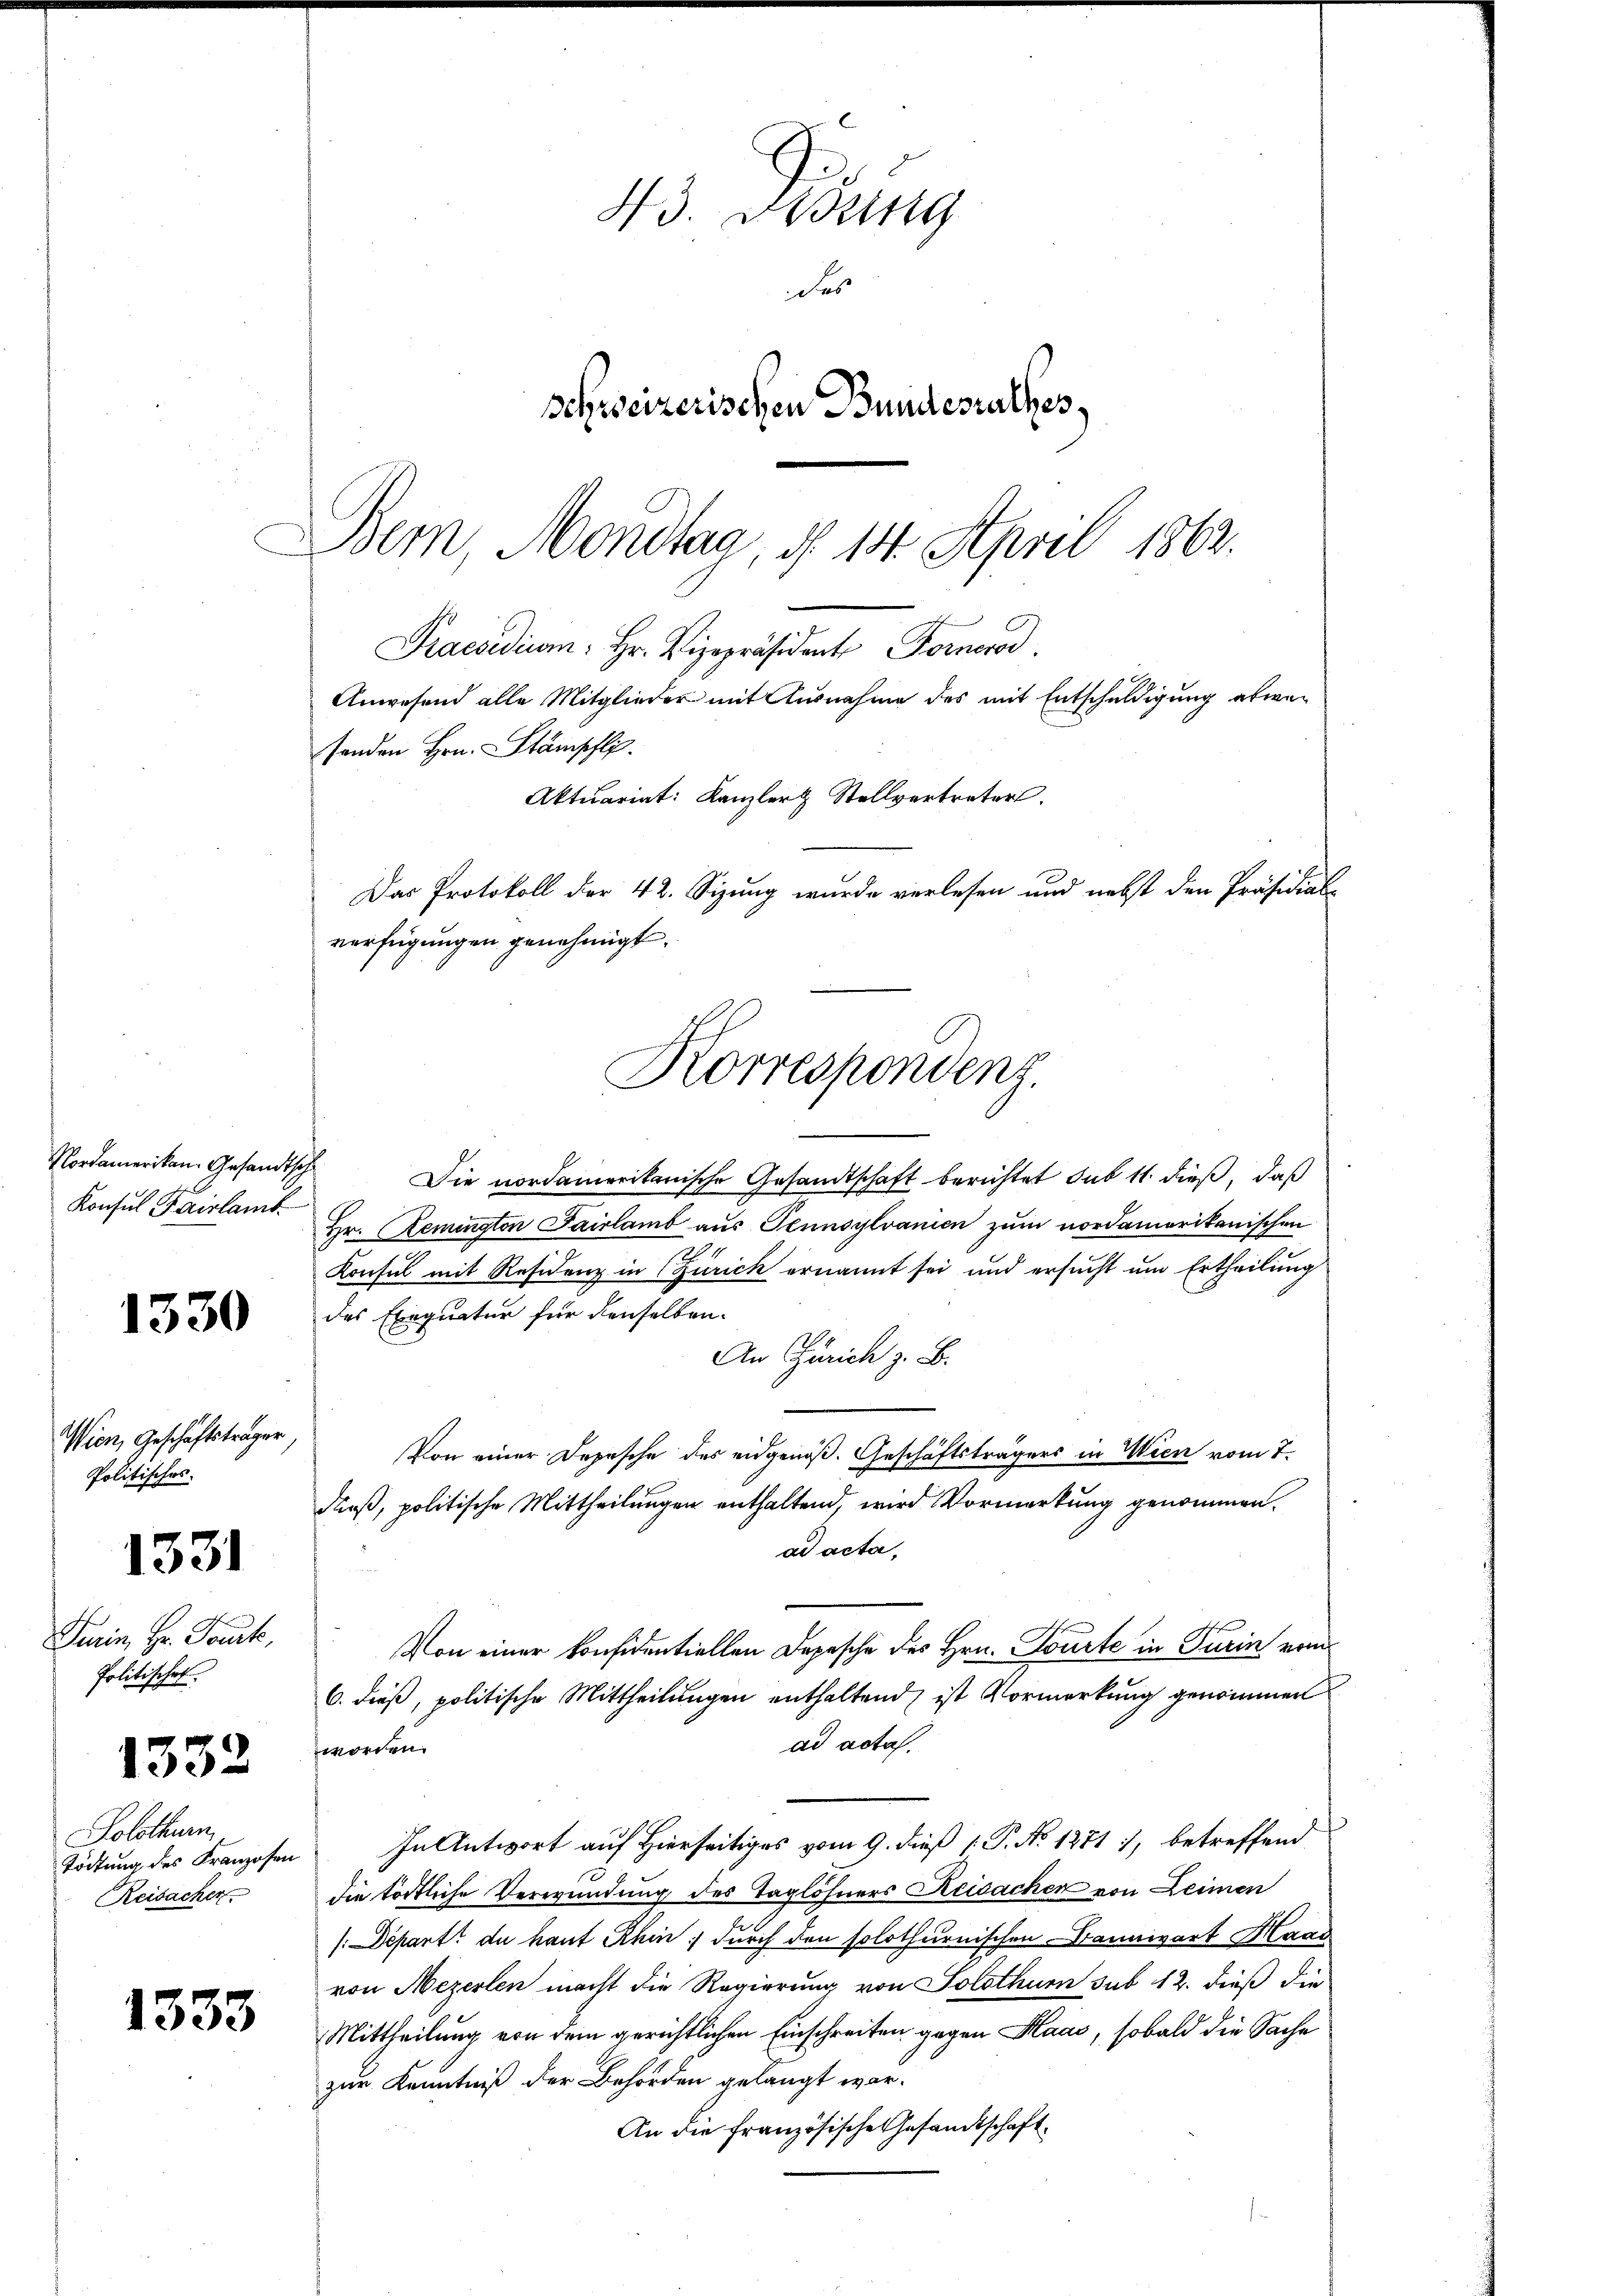
Nordamerikan. Gesandtsc
Konsul Karlamb

1330

Wien, Geschäftsträger
Politisches.

331

Darin, Hr. Toute,
Politischet

1332

Solothurn,
Tödtung des Franzosen
Reisacher

1333

43. Beding
Fas
schweizerischen Bundesrathes,
Dem Mondtaa, d. 14. April 1862.

Anwesend alle Mitglieder mit Ausnahme des mit Entschuldigung abwei
senden Hrn. Stämschli
Aktuariat: Kanzler Stellvertreter.
Das Protokoll der 42. Sizung wurde verlesen und nebst den Präsidial-
verfügungen genehmigt.
Korrespondenz.

Praesidium: Hr. Vizepräsident Fornorod

—
i
Die nordamerikanische Gesandtschaft berichtet sub 11 dieß, daß
Hr. Remington Pairlamb aus Pennsylvanien zum nordamerikanischen
Konsul mit Residenz in Zürich ernannt sei und ersucht um Ertheilung
des Exequatur für denselben
An Zürich z. B.
Von einer Depesche des eidgenoß. Geschäftsträgers in Wien vom 7.
dieß, politische Mittheilungen enthaltend, wird Vormerkung genommen.
ad acta,
Von einer konfidentiellen Depesche des Hrn. Tourte in Turin vom
6. dieß, politische Mittheilungen enthaltend, ist Vormerkung genommen
ad acta.
fworden.
In Antwort auf Hierseitiges vom 9. dieß P. No 1271), betreffend
die tödtliche Verwendung des Taglöhners Reisachen von Leimen
/:Depart du haut Rhin; durch den solothurnischen Bannwart Hand
von Mezerlen macht die Regierung von Solothurn sub 12. dieß die
Mittheilung von dem gerichtlichen Einschreiten gegen Haas, sobald die Sache
zur Kenntniß der Behörden gelangt war.
An die französische Gesandtschaft.